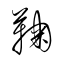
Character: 鞠